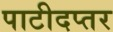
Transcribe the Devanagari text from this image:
पाटीदप्तर